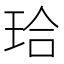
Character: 珨